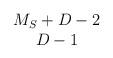
LaTeX: \begin{align*}\begin{array}{c} M_S+D-2 \\ D-1 \end{array}\end{align*}